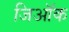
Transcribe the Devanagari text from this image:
जिऑक